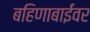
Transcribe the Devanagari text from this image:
बहिणाबाईंवर